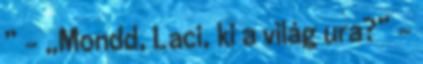
” – „Mondd, La­ci, ki a világ ura?” –